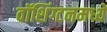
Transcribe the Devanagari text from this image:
वॉशिंग्टनमध्ये